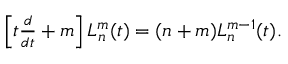
\begin{array} { r } { \left[ t \frac { d } { d t } + m \right] L _ { n } ^ { m } ( t ) = ( n + m ) L _ { n } ^ { m - 1 } ( t ) . } \end{array}